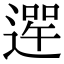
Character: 𨕣